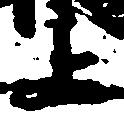
上